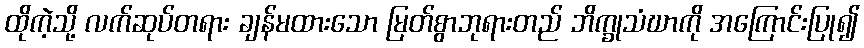
ထိုကဲ့သို့ လက်ဆုပ်တရား ချန်မထားသော မြတ်စွာဘုရားတည် ဘိက္ခုသံဃာကို အကြောင်းပြု၍